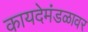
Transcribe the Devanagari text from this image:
कायदेमंडळावर